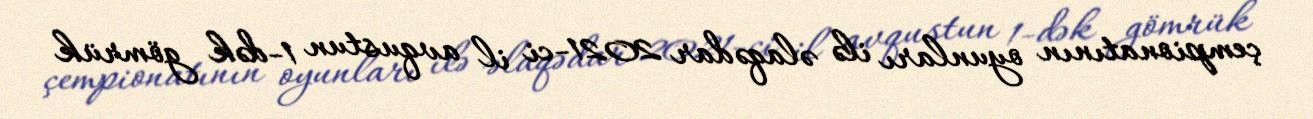
çempionatının oyunları ilə əlaqədar 2021-ci il avqustun 1-dək gömrük